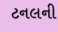
ટનલની